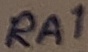
Text: RA1